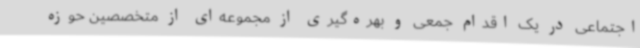
اجتماعی در یک اقدام جمعی و بهره‌گیری از مجموعه‌ای از متخصصین حوزه‌